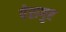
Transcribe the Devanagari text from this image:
पेरागुए